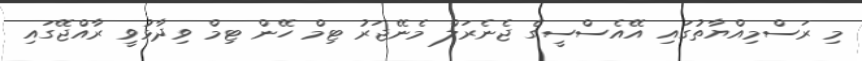
މި ރަސްމިއްޔާތުގައި އޭއެސްސީގެ ޖެނެރަލް މެނޭޖަރު ޓިމް ހޭން ޓިމް ވިދާޅުވީ ރާއްޖޭގައި